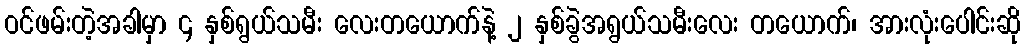
ဝင်ဖမ်းတဲ့အခါမှာ ၄ နှစ်ရွယ်သမီး လေးတယောက်နဲ့ ၂ နှစ်ခွဲအရွယ်သမီးလေး တယောက်၊ အားလုံးပေါင်းဆို